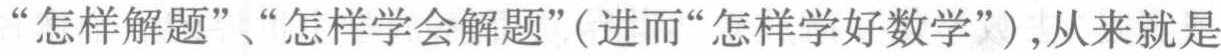
“怎样解题”、“怎样学会解题”(进而“怎样学好数学”),从来就是